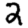
Digit: 2